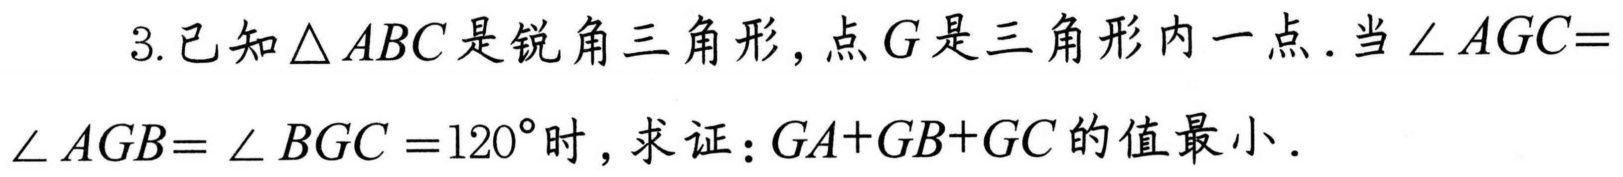
3.已知\(\triangle ABC\)是锐角三角形，点\(G\)是三角形内一点．当\(\angle AGC = \angle AGB=\angle BGC = 120^{\circ}\)时，求证：\(GA + GB + GC\)的值最小．